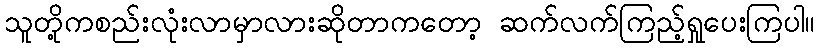
သူတို့ကစည်းလုံးလာမှာလားဆိုတာကတော့ ဆက်လက်ကြည့်ရှုပေးကြပါ။